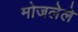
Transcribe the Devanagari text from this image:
मोजलेले